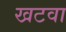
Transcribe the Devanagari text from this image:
खटवा